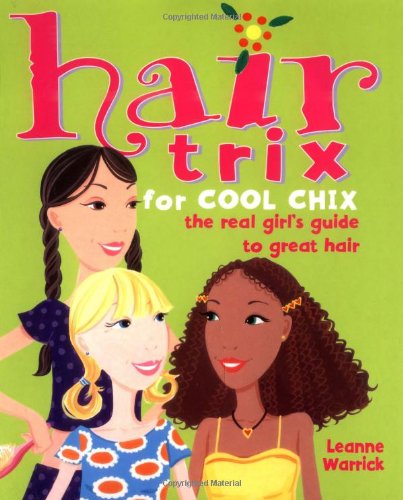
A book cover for Hair Trix for Cool Chix: The Real Girl's Guide to Great Hair; Leanne Warrick; Health, Fitness & Dieting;